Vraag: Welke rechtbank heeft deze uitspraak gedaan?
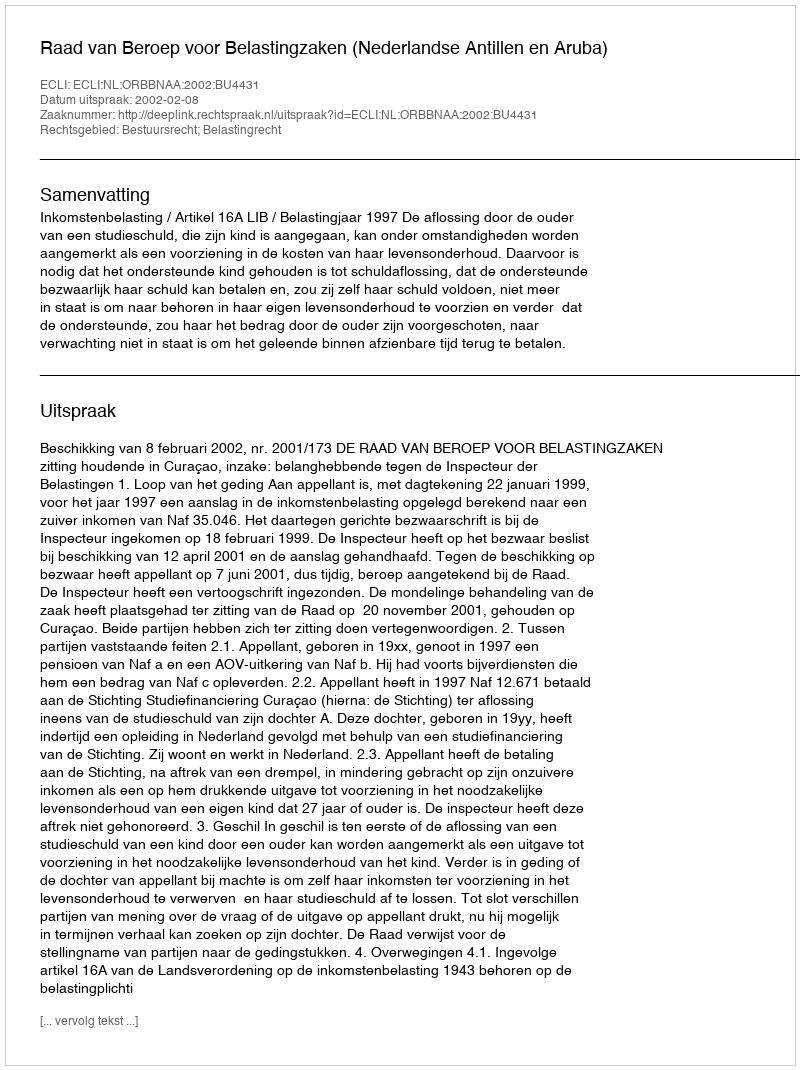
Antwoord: Raad van Beroep voor Belastingzaken (Nederlandse Antillen en Aruba)